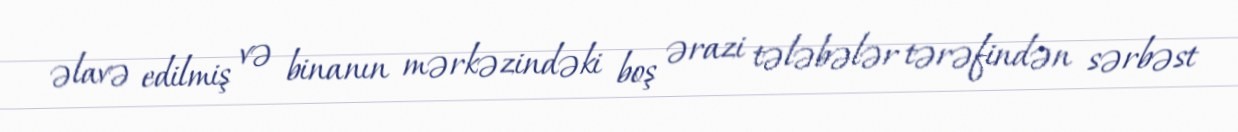
əlavə edilmiş və binanın mərkəzindəki boş ərazi tələbələr tərəfindən sərbəst